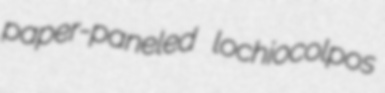
paper-paneled lochiocolpos